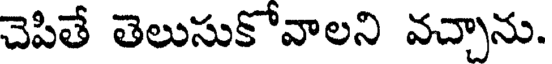
చెపితే తెలుసుకోవాలని వచ్చాను.